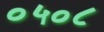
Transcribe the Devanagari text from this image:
०५०८